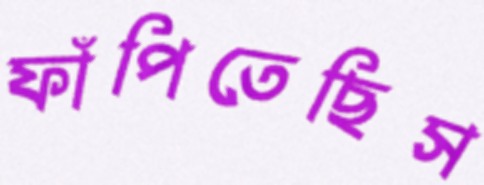
ফাঁপিতেছিস